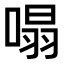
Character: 𠹥